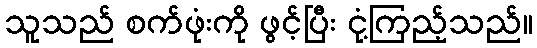
သူသည် စက်ဖုံးကို ဖွင့်ပြီး ငုံ့ကြည့်သည်။